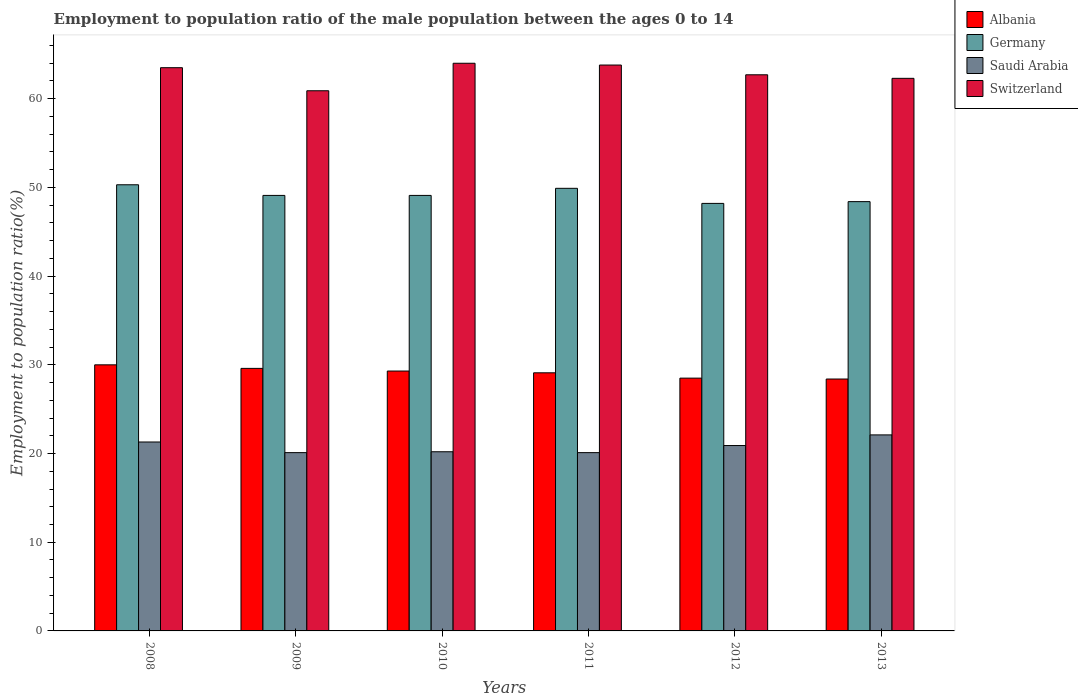
| Years | Albania | Germany | Saudi Arabia | Switzerland |
 | --- | --- | --- | --- | --- |
 | 2008 | 30 | 50.3 | 21.3 | 63.5 |
 | 2009 | 29.6 | 49.1 | 20.1 | 60.9 |
 | 2010 | 29.3 | 49.1 | 20.2 | 64 |
 | 2011 | 29.1 | 49.9 | 20.1 | 63.8 |
 | 2012 | 28.5 | 48.2 | 20.9 | 62.7 |
 | 2013 | 28.4 | 48.4 | 22.1 | 62.3 |